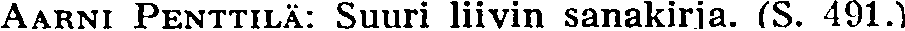
AARNi PENTTILÄ: Suuri liivin sanakirja. (S. 491.)